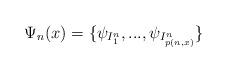
LaTeX: \begin{align*} \Psi_n (x) = \lbrace \psi_{I^n _1} ,..., \psi_{I^n _{p(n,x)}} \rbrace\end{align*}